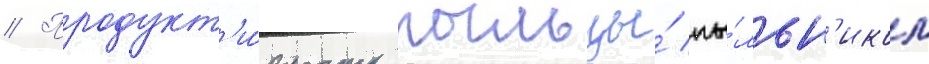
// Продукт'и́вность пыльцы́ пы́льн'иком